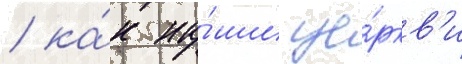
/ ка́к на́ши це́ркв'и